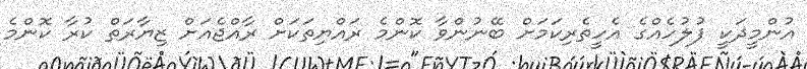
އުންމީދަކީ ފުލުހެއްގެ އެހީތެރިކަމަށް ބޭނުންވާ ކޮންމެ ރައްޔިތަކަށް ރާއްޖެއަށް ޒިޔާރަތް ކުރާ ކޮންމެ